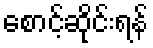
စောင့်ဆိုင်းရန်